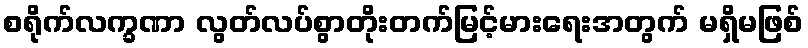
စရိုက်လက္ခဏာ လွတ်လပ်စွာတိုးတက်မြင့်မားရေးအတွက် မရှိမဖြစ်